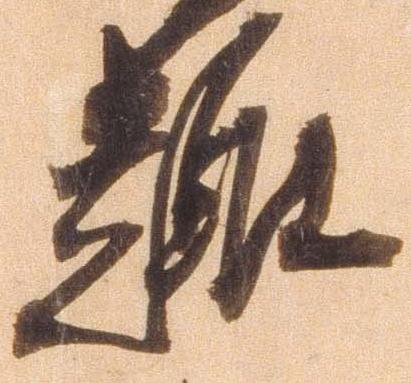
趣